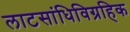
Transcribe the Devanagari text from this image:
लाटसांधिविग्रहिक